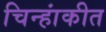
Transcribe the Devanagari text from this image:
चिन्हांकीत